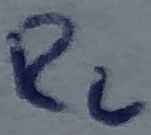
Text: R2